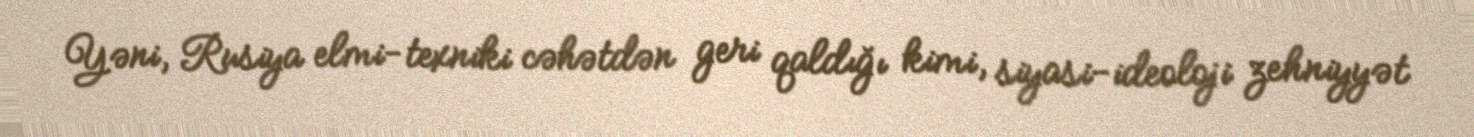
Yəni, Rusiya elmi-texniki cəhətdən geri qaldığı kimi, siyasi-ideoloji zehniyyət